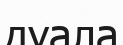
дуала